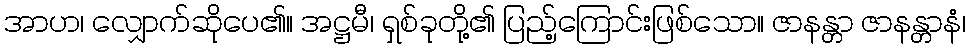
အာဟ၊ လျှောက်ဆိုပေ၏။ အဋ္ဌမီ၊ ရှစ်ခုတို့၏ ပြည့်ကြောင်းဖြစ်သော။ ဇာနန္တာ ဇာနန္တာနံ၊